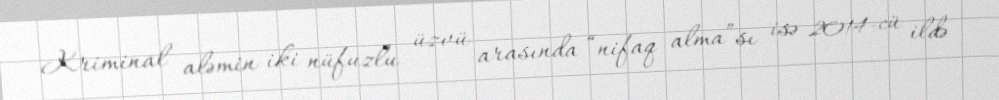
Kriminal aləmin iki nüfuzlu üzvü arasında “nifaq alma”sı isə 2014-cü ildə